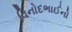
વિનોદભાઈનો